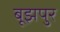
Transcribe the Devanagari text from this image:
बूझपुर